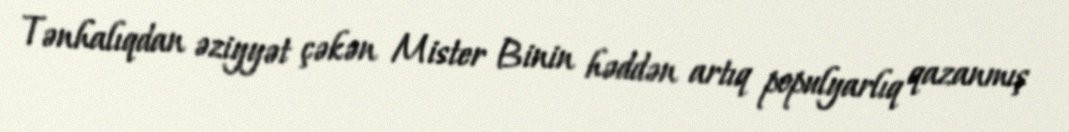
Tənhalıqdan əziyyət çəkən Mister Binin həddən artıq populyarlıq qazanmış